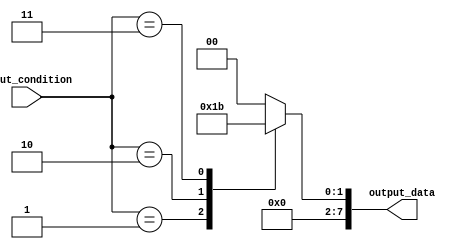
module GenerateCase (
    input [3:0] input_condition,
    output reg [7:0] output_data
);

always @(*)
begin
    case (input_condition)
        4'b0000: output_data = 8'b00000000;
        4'b0001: output_data = 8'b00000001;
        4'b0010: output_data = 8'b00000010;
        4'b0011: output_data = 8'b00000011;
        // add more cases as needed
        default: output_data = 8'b00000000;
    endcase
end

endmodule